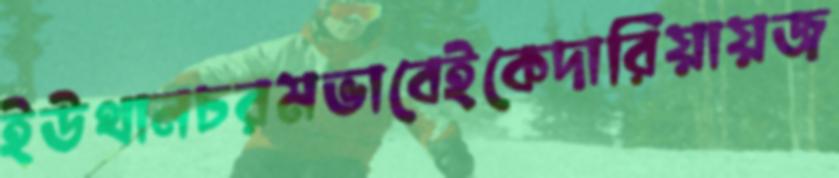
ইউথানচরমভাবেইকেদারিয়ায়জ